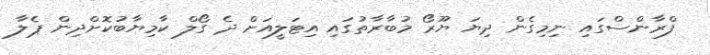
ފްރާންސްގައި ނިމިގެން ދިޔަ ޔޫރޯ މުބާރާތުގައި އިޓަލީއަށް ދެ ގޯލް ކާމިޔާބުކޮށްދިން ޕެލާ